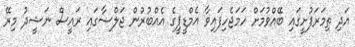
އަދި ތިމަރަފުށީގައި ބޭއްވުމަށް ހަމަޖެހިފައިވާ އެމްޑީޕީގެ އެއްބުރުން ޖަލްސާގައި ރައީސް ނަޝީދު މިރޭ